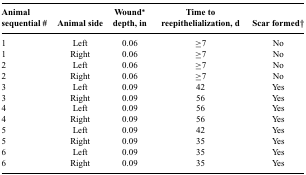
<table><thead><tr><td><b>Animal sequential #</b></td><td><b>Animal side</b></td><td><b>Wound* depth, in</b></td><td><b>Time to reepithelialization, d</b></td><td><b>Scar formed†</b></td></tr></thead><tbody><tr><td>1</td><td>Left</td><td>0.06</td><td>≥7</td><td>No</td></tr><tr><td>1</td><td>Right</td><td>0.06</td><td>≥7</td><td>No</td></tr><tr><td>2</td><td>Left</td><td>0.06</td><td>≥7</td><td>No</td></tr><tr><td>2</td><td>Right</td><td>0.06</td><td>≥7</td><td>No</td></tr><tr><td>3</td><td>Left</td><td>0.09</td><td>42</td><td>Yes</td></tr><tr><td>3</td><td>Right</td><td>0.09</td><td>56</td><td>Yes</td></tr><tr><td>4</td><td>Left</td><td>0.09</td><td>56</td><td>Yes</td></tr><tr><td>4</td><td>Right</td><td>0.09</td><td>56</td><td>Yes</td></tr><tr><td>5</td><td>Left</td><td>0.09</td><td>42</td><td>Yes</td></tr><tr><td>5</td><td>Right</td><td>0.09</td><td>35</td><td>Yes</td></tr><tr><td>6</td><td>Left</td><td>0.09</td><td>35</td><td>Yes</td></tr><tr><td>6</td><td>Right</td><td>0.09</td><td>35</td><td>Yes</td></tr></tbody></table>